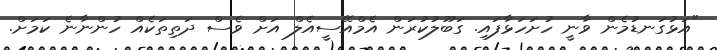
"އަޅުގަނޑުމެން ވާނީ ހުށަހަޅާފައި. ގަބޫލުކުރަން އެމްއޭސީއެލް އަށް ވެސް ދަތިތަކެއް ހުންނާނެ ކަަމަށް.